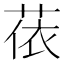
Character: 𦲤